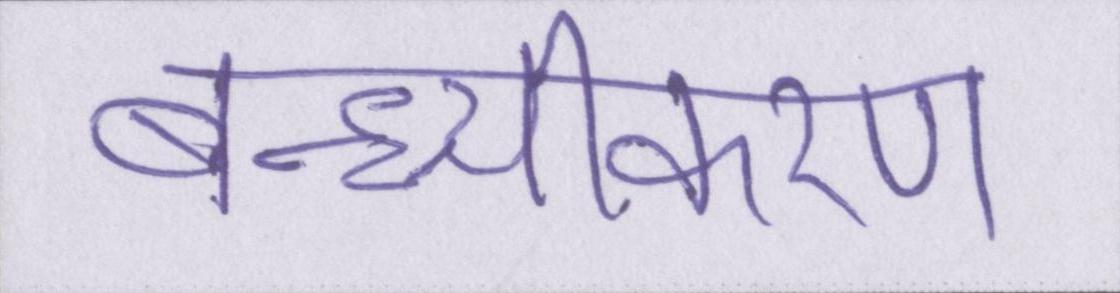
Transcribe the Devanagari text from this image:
बन्ध्यीकरण